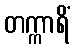
တက္ကာရိံ